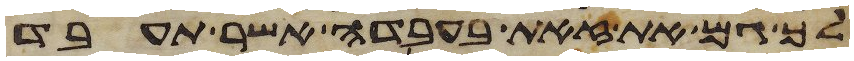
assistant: לך גם את זאת בעבדה אשר תעבד